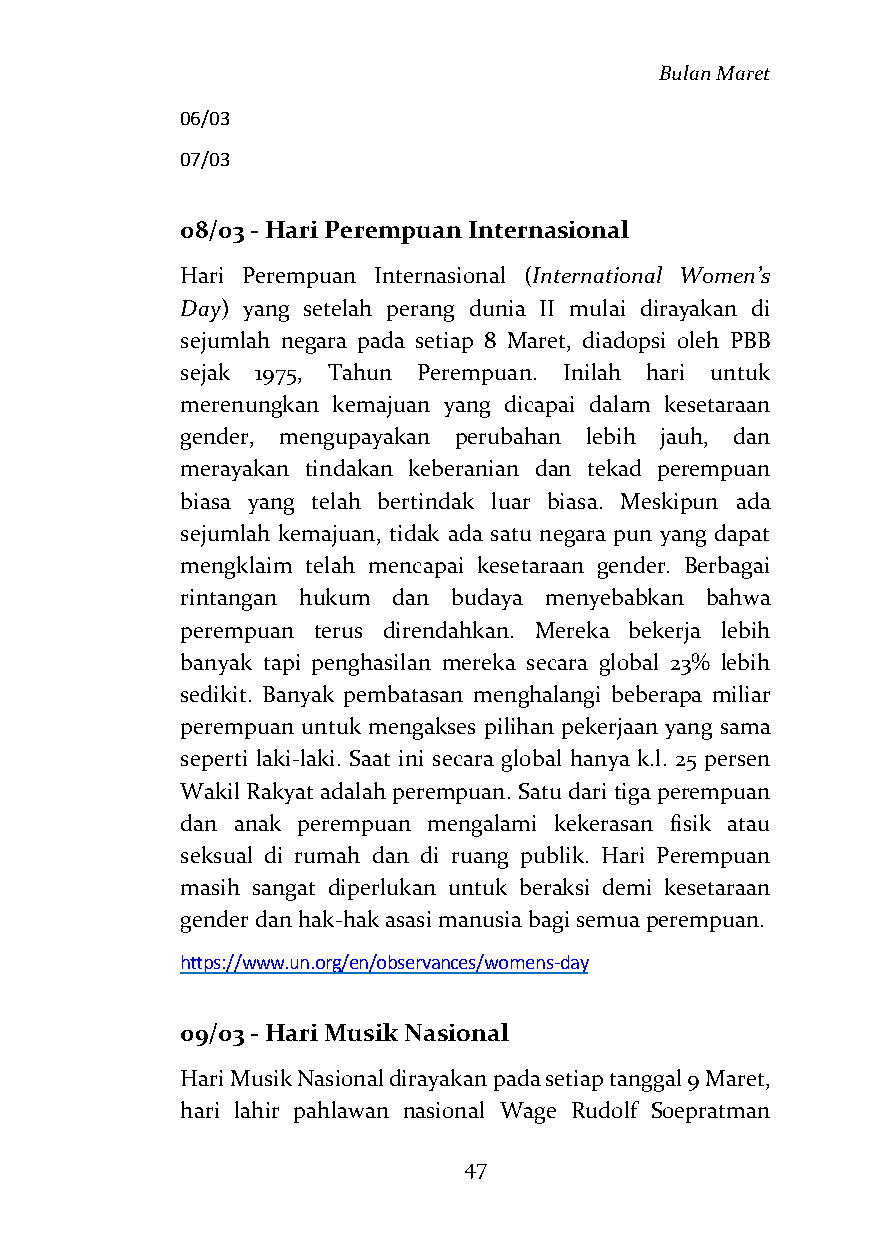
Bulan Maret
 06/03
 07/03
 08/03 - Hari Perempuan Internasional
 Hari Perempuan Internasional (International Women’s
 Day) yang setelah perang dunia II mulai dirayakan di
 sejumlah negara pada setiap 8 Maret, diadopsi oleh PBB
 sejak 1975, Tahun Perempuan. Inilah hari untuk
 merenungkan kemajuan yang dicapai dalam kesetaraan
 gender, mengupayakan perubahan lebih jauh, dan
 merayakan tindakan keberanian dan tekad perempuan
 biasa yang telah bertindak luar biasa. Meskipun ada
 sejumlah kemajuan, tidak ada satu negara pun yang dapat
 mengklaim telah mencapai kesetaraan gender. Berbagai
 rintangan hukum dan budaya menyebabkan bahwa
 perempuan terus direndahkan. Mereka bekerja lebih
 banyak tapi penghasilan mereka secara global 23% lebih
 sedikit. Banyak pembatasan menghalangi beberapa miliar
 perempuan untuk mengakses pilihan pekerjaan yang sama
 seperti laki-laki. Saat ini secara global hanya k.l. 25 persen
 Wakil Rakyat adalah perempuan. Satu dari tiga perempuan
 dan anak perempuan mengalami kekerasan fisik atau
 seksual di rumah dan di ruang publik. Hari Perempuan
 masih sangat diperlukan untuk beraksi demi kesetaraan
 gender dan hak-hak asasi manusia bagi semua perempuan.
 https://www.un.org/en/observances/womens-day
 09/03 - Hari Musik Nasional
 Hari Musik Nasional dirayakan pada setiap tanggal 9 Maret,
 hari lahir pahlawan nasional Wage Rudolf Soepratman
 47